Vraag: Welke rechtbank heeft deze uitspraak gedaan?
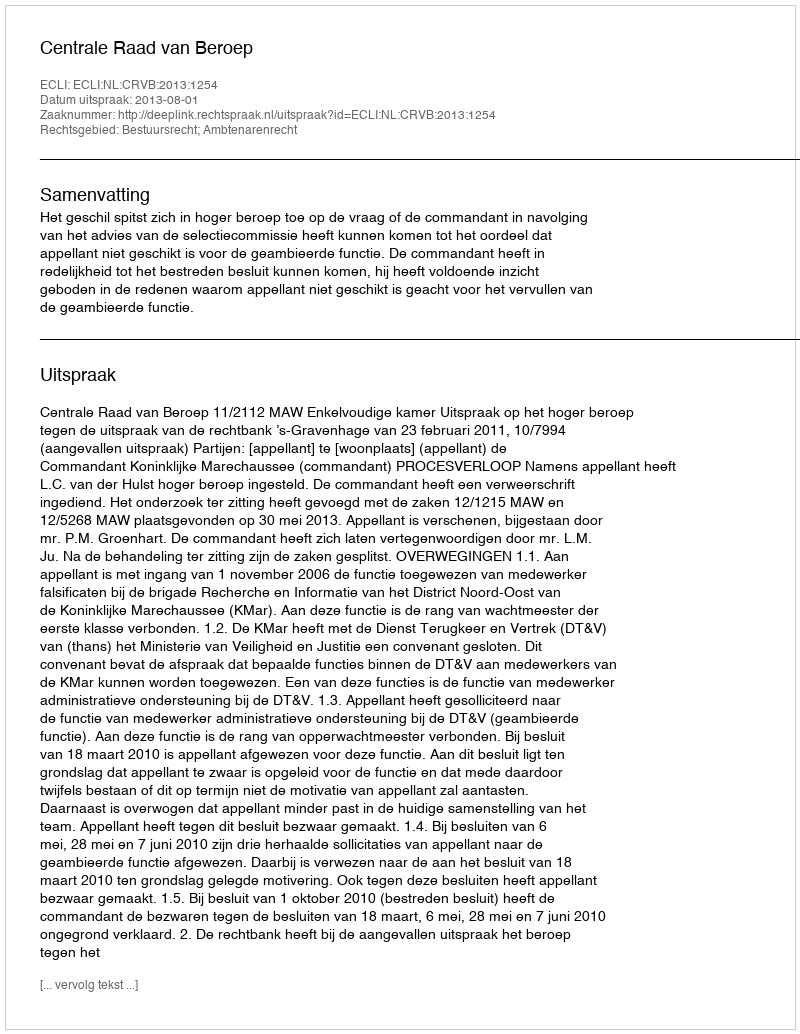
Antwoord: Centrale Raad van Beroep